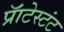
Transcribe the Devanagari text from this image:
प्रॅाटेस्टंट